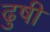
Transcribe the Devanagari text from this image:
ढुषी